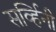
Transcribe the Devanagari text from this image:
सर्व्हिनी